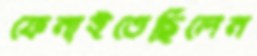
ফেনাইতেছিলেন